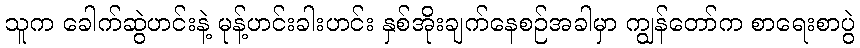
သူက ခေါက်ဆွဲဟင်းနဲ့ မုန့်ဟင်းခါးဟင်း နှစ်အိုးချက်နေစဉ်အခါမှာ ကျွန်တော်က စာရေးစာပွဲ